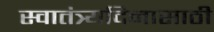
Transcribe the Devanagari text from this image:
स्वातंत्र्यदिनासाठी